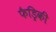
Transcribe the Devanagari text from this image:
फैड्रिकी